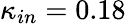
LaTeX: {{\kappa}_{in}}=0.18